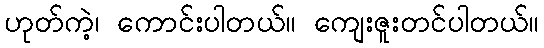
ဟုတ်ကဲ့၊ ကောင်းပါတယ်။ ကျေးဇူးတင်ပါတယ်။